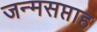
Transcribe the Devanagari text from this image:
जन्मसप्ताह